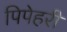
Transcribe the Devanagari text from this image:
पिपेहरी